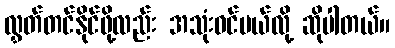
လွှတ်တင်နိုင်ဖို့လည်း အသုံးဝင်မယ်လို့ ဆိုပါတယ်။